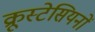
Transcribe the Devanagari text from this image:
क्रूस्टेसियनों